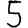
Digit: 5